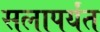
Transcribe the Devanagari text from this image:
सलापर्यंत